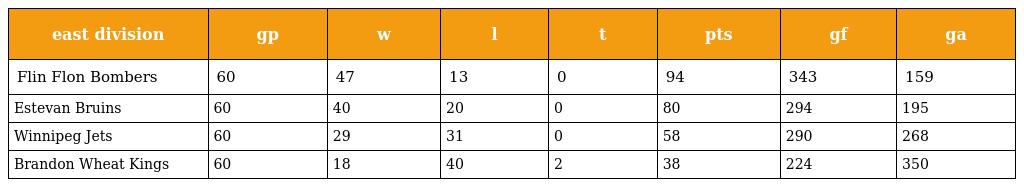
| east division | gp | w | l | t | pts | gf | ga |
 | --- | --- | --- | --- | --- | --- | --- | --- |
 | Flin Flon Bombers | 60 | 47 | 13 | 0 | 94 | 343 | 159 |
 | Estevan Bruins | 60 | 40 | 20 | 0 | 80 | 294 | 195 |
 | Winnipeg Jets | 60 | 29 | 31 | 0 | 58 | 290 | 268 |
 | Brandon Wheat Kings | 60 | 18 | 40 | 2 | 38 | 224 | 350 |